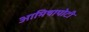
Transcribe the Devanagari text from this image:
आमिषापोटी